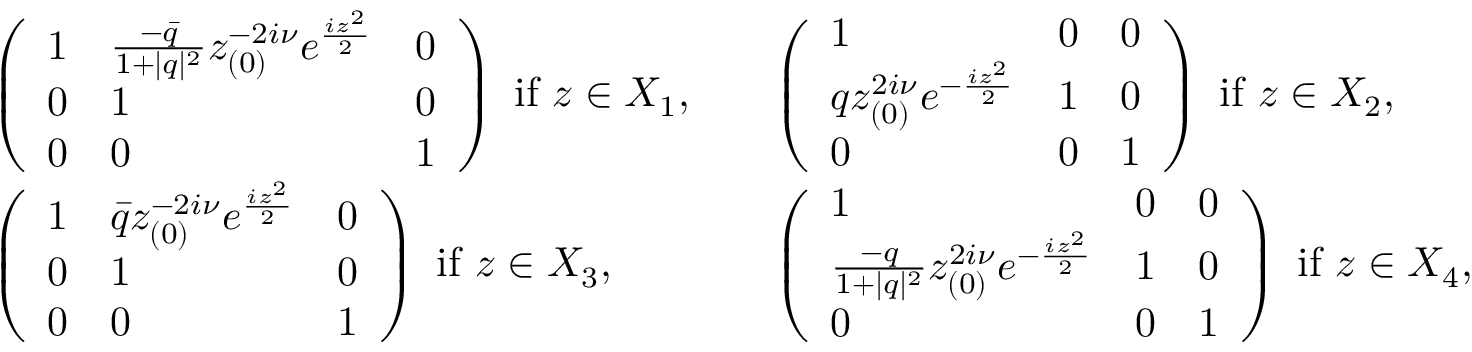
\begin{array} { r l r l } & { \left( \begin{array} { l l l } { 1 } & { \frac { - \bar { q } } { 1 + | q | ^ { 2 } } z _ { ( 0 ) } ^ { - 2 i \nu } e ^ { \frac { i z ^ { 2 } } { 2 } } } & { 0 } \\ { 0 } & { 1 } & { 0 } \\ { 0 } & { 0 } & { 1 } \end{array} \right) \mathrm { ~ i f ~ } z \in X _ { 1 } , } & & { \left( \begin{array} { l l l } { 1 } & { 0 } & { 0 } \\ { q z _ { ( 0 ) } ^ { 2 i \nu } e ^ { - \frac { i z ^ { 2 } } { 2 } } } & { 1 } & { 0 } \\ { 0 } & { 0 } & { 1 } \end{array} \right) \mathrm { ~ i f ~ } z \in X _ { 2 } , } \\ & { \left( \begin{array} { l l l } { 1 } & { \bar { q } z _ { ( 0 ) } ^ { - 2 i \nu } e ^ { \frac { i z ^ { 2 } } { 2 } } } & { 0 } \\ { 0 } & { 1 } & { 0 } \\ { 0 } & { 0 } & { 1 } \end{array} \right) \mathrm { ~ i f ~ } z \in X _ { 3 } , } & & { \left( \begin{array} { l l l } { 1 } & { 0 } & { 0 } \\ { \frac { - q } { 1 + | q | ^ { 2 } } z _ { ( 0 ) } ^ { 2 i \nu } e ^ { - \frac { i z ^ { 2 } } { 2 } } } & { 1 } & { 0 } \\ { 0 } & { 0 } & { 1 } \end{array} \right) \mathrm { ~ i f ~ } z \in X _ { 4 } , } \end{array}